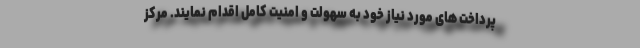
پرداخت های مورد نیاز خود به سهولت و امنیت کامل اقدام نمایند. مرکز